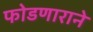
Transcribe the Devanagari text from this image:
फोडणाराने